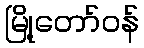
မြို့တော်ဝန်